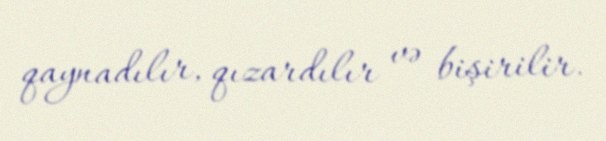
qaynadılır, qızardılır və bişirilir.